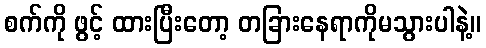
စက်ကို ဖွင့် ထားပြီးတော့ တခြားနေရာကိုမသွားပါနဲ့။